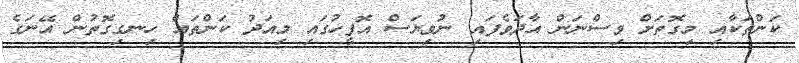
ކަންތަކާއި މިގޮތަށް ވިސްނަން އާދަވެފައި ނުވިޔަސް އޮފީހުގައި މިއަދު ކަންތައް ހިނގިގޮތުން އޭނަގެ